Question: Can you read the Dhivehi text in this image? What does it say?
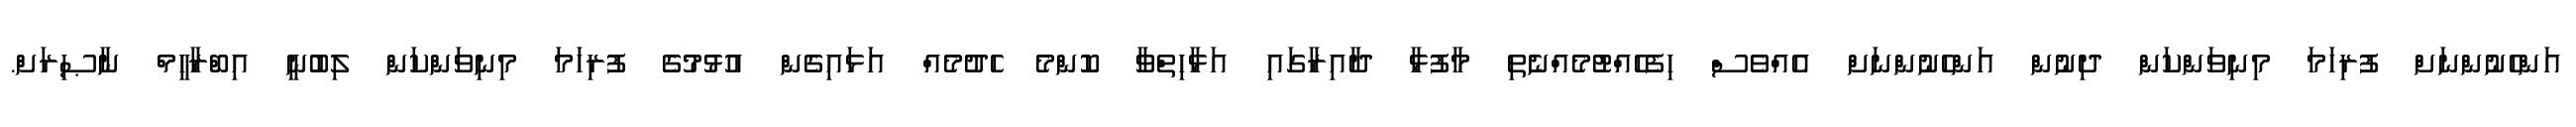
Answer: އަންހެނުންނަށް ފުރިހަމަ މިނިވަންކަން ދިނުން އަންހެނުންނަށް އެއްވެސް ހިފެހެއްޓުމެއްނެތި މާފުޅާ ދާއިރާގައި އަޅާހިތްވާ ކޮންމެ ހެދުމެއް އަޅައިގެން އުޅުމުގެ ފުރިހަމަ މިނިވަންކަން ލިބުނީ އިބްރާހީމް ނާޞިރަށް.